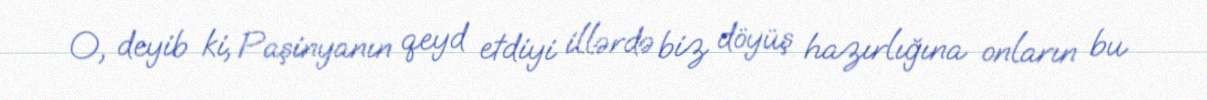
O, deyib ki, Paşinyanın qeyd etdiyi illərdə biz döyüş hazırlığına onların bu